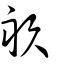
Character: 畆